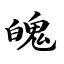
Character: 魄